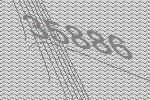
35886